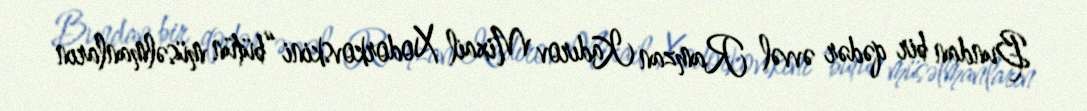
Bundan bir qədər əvvəl Ramzan Kadırov Mixail Xodorkovskini “bütün müsəlmanların